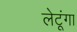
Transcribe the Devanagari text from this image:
लेटूंगा